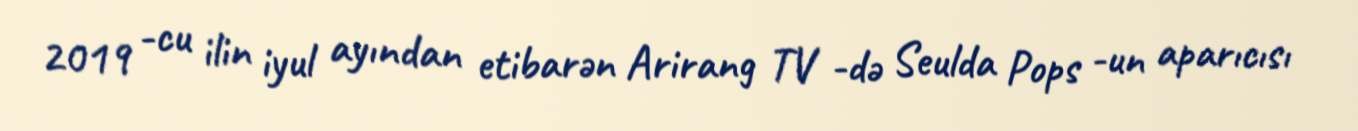
2019 -cu ilin iyul ayından etibarən Arirang TV -də Seulda Pops -un aparıcısı